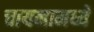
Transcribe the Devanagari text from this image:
चायनामध्ये